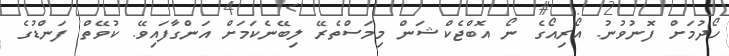
ހޯދުމަށް ފޮނުވުނު. އޯރިއޯގެ ނޯ އޮބްޖެކްޝަން މިމަސްތެރޭ ލިބޭނެކަމަށް އަންގާފައިވޭ. ކުވޭތް ފަންޑުގެ